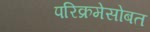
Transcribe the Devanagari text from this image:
परिक्रमेसोबत